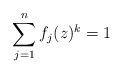
LaTeX: \begin{align*}\sum_{j=1}^{n}f_{j}(z)^{k}=1\end{align*}